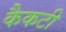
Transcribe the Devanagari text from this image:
कैकटी